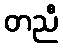
တညီ